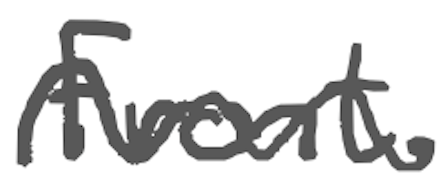
Text: Front.
Cross-out: wave
Writing tool: digital_gray